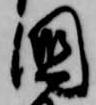
国